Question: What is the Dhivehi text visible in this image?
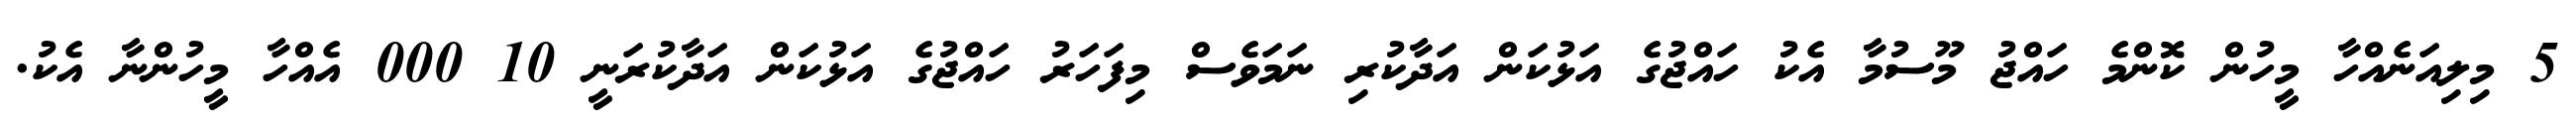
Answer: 5 މިލިއަނެއްހާ މީހުން ކޮންމެ ހައްޖު މޫސުމާ އެކު ހައްޖުގެ އަޅުކަން އަދާކުރި ނަމަވެސް މިފަހަރު ހައްޖުގެ އަޅުކަން އަދާކުރަނީ 10 000 އެއްހާ މީހުންނާ އެކު.